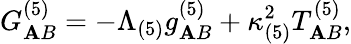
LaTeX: G_{\mathbf{A}B}^{(5)}=-\Lambda_{(5)}g_{\mathbf{A}B}^{(5)}+\kappa_{(5)}^{2}T_{\mathbf{A}B}^{(5)},